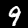
Label: 9